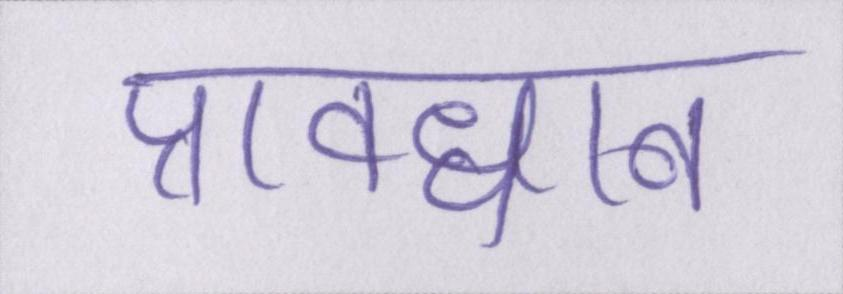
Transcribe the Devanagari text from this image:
प्रावधान